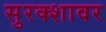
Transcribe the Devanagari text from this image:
सुरक्शावर